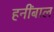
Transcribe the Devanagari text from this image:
हनींबाल